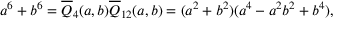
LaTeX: a ^ { 6 } + b ^ { 6 } = { \overline { { Q } } } _ { 4 } ( a , b ) { \overline { { Q } } } _ { 1 2 } ( a , b ) = ( a ^ { 2 } + b ^ { 2 } ) ( a ^ { 4 } - a ^ { 2 } b ^ { 2 } + b ^ { 4 } ) ,